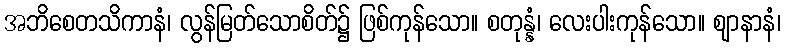
အဘိစေတသိကာနံ၊ လွန်မြတ်သောစိတ်၌ ဖြစ်ကုန်သော။ စတုန္နံ၊ လေးပါးကုန်သော။ ဈာနာနံ၊